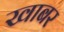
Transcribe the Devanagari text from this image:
खाबर